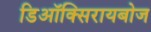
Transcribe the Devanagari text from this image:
डिऑक्सिरायबोज